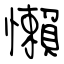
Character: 懶